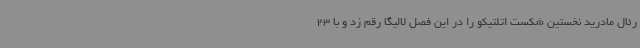
رئال مادرید نخستین شکست اتلتیکو را در این فصل لالیگا رقم زد و با 23